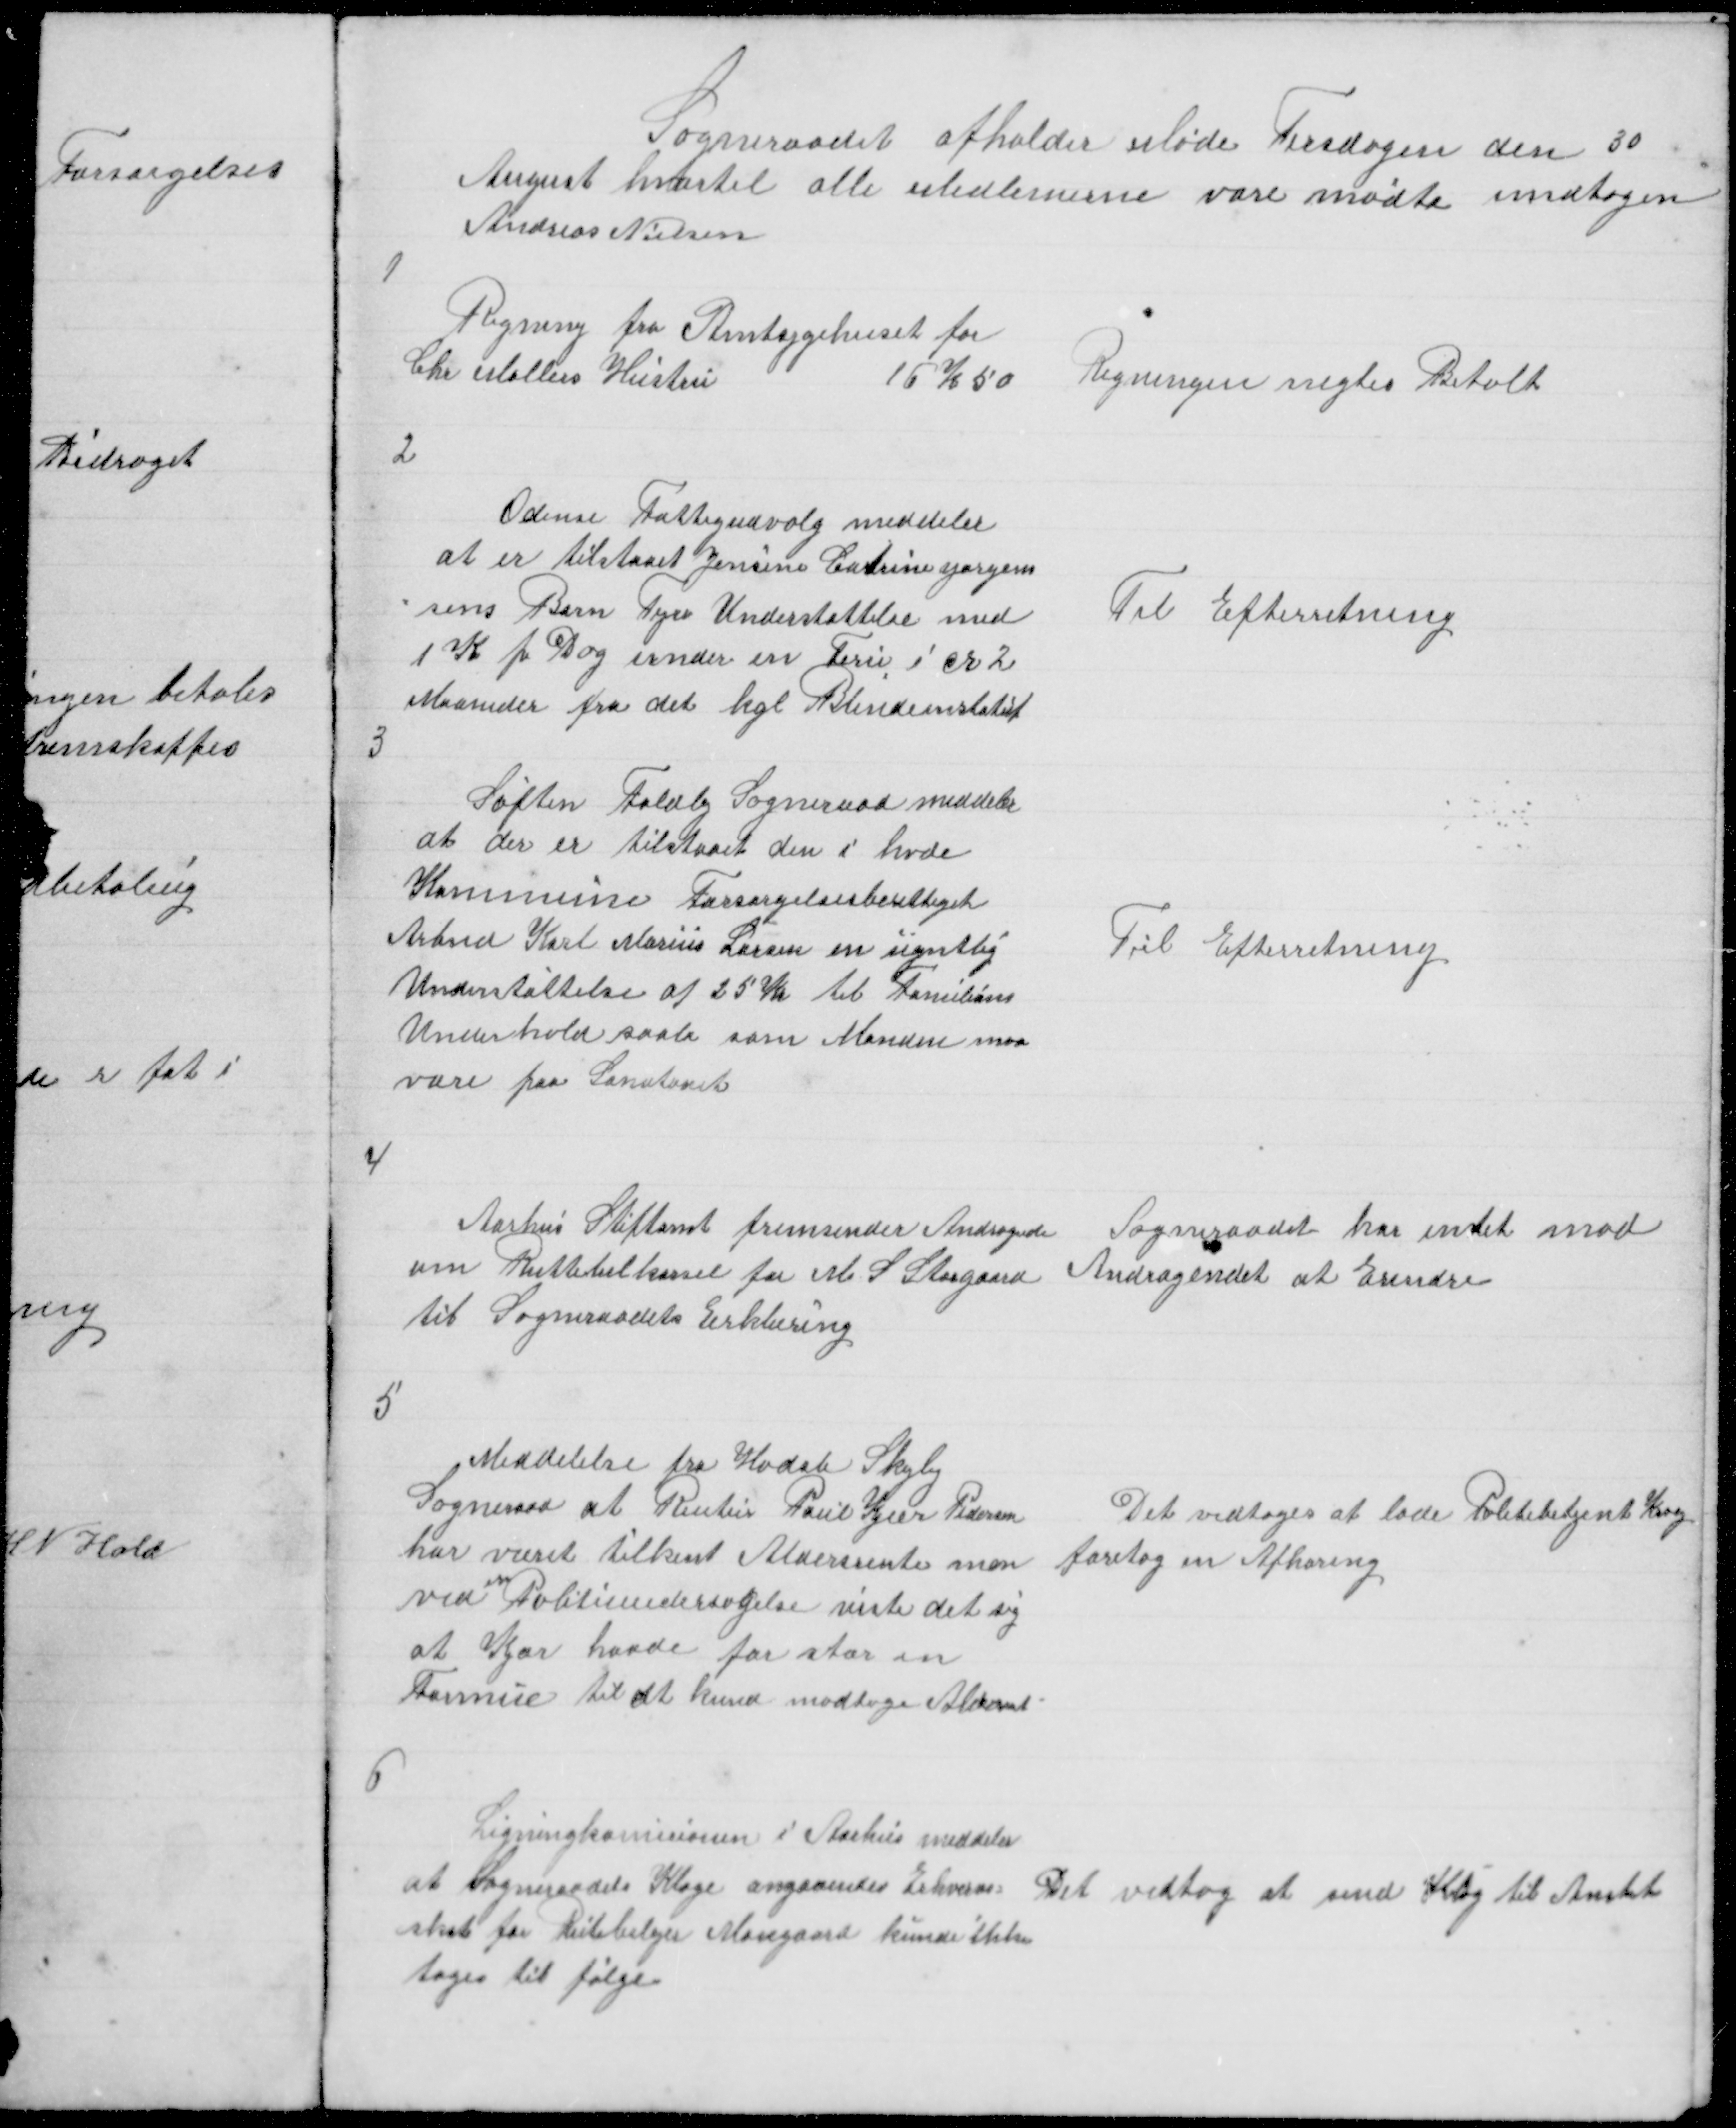
Transskription:
Sogneraadet afholder Møde Tirsdagen den 30
August hvortil alle Medlemerne vare mødte untagen
Andreas Nielsen

1

Regning fra Amtsygehuset for
Chr Møllers Hustru
16 K 50

Regningen negtes Betalt

2

Odense Fattigudvalg meddeler
at der er tilstaaet Jensine Catrine Jørgen
= sens Barn Tyra Understøttelse med
1 K pr Dag under en Ferie i cr 2
Maaneder fra det kgl Blindeinstatut

Til Efterretning

3

Søften Foldby Sogneraad meddeler
at der er tilstaaet den i hvde
Kommune Forsørgelsesberettiget
Arbmd Karl Marius Larsen en ugntlig
Understøttelse af 25 Kr til Familiens
Underhold saalæ som Manden maa
være paa Sanatorit

Til Efterretning

4

Aarhus Stiftamt fremsender Andragende
om Ruttebilkørsel for M S Storgaard
til Sogneraadets Erklæring

Sogneraadet har intet mod
Andragendet at Erindre

5

Meddelelse fra Hadsle Skejby
Sogneraad at Rentier Poul Kjær Pedersen
har været tilkent Aldersrente men
ved en Politiundersøgelse viste det sig
at Kjær havde for stor en
Formue til at kund modtage Aldersrnt

Det vedtoges at lade Politibetjent Krogh
foretag en Afhøring

6

Ligningskomissionen i Aarhus meddeler
at Sogneraadets klage angaaendes Erhvervs =
skat for Rutebilejer Mosegaard kunde ikke
tages til følge

Det vedtog at send Klag til Amtet